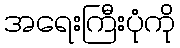
အရေးကြီးပုံကို